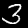
Label: 3